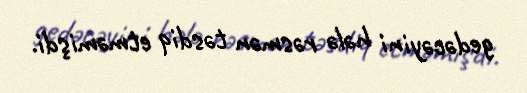
gedəcəyini hələ rəsmən təsdiq etməmişdi.